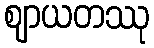
ဈာယတဿု